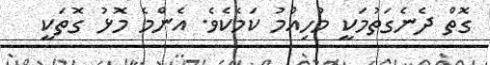
ގޮތް ދެނެގަތުމަކީ މުހިއްމު ކަމެކެވެ. އެންމެ މޮޅު ގޮތަކީ